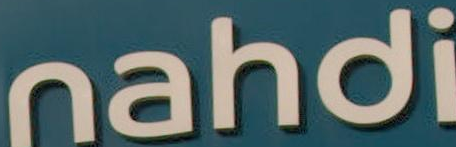
nahdi